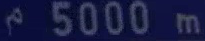
5000 m